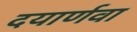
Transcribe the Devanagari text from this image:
दयार्णवा